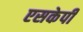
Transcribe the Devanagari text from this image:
एसकेपी